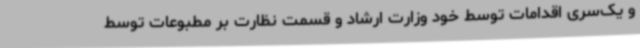
و یک‌سری اقدامات توسط خود وزارت ارشاد و قسمت نظارت بر مطبوعات توسط